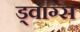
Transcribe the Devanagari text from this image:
ड्वाग्स